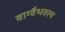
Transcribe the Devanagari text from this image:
वाग्वैभवस्य